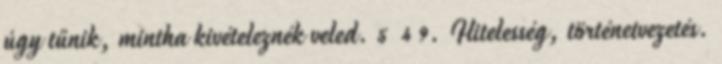
úgy tűnik, mintha kivételeznék veled. 5 4 9. Hitelesség, történetvezetés.